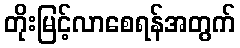
တိုးမြင့်လာစေရန်အတွက်